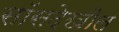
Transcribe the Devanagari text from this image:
सॉसदेखील